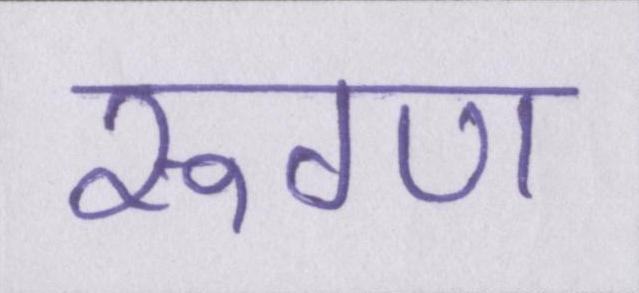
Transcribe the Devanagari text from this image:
रूग्ण